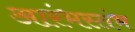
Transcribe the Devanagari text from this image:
आरंभस्तंभ